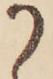
か